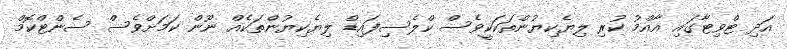
އަދި ޓްވިޓާގައި އާއްމު ކުރި ލިޔެކިޔުންތަކަކީވެސް ކްލެސިފައިޑް ލިޔެކިޔުންތަކެއް ނޫން ކަމަށްވެސް ސެންޓްކޮމް